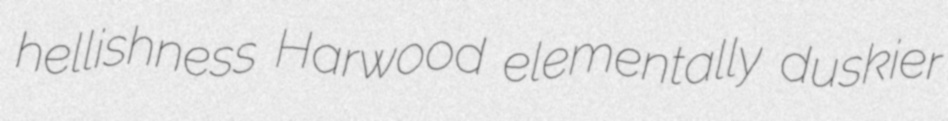
hellishness Harwood elementally duskier